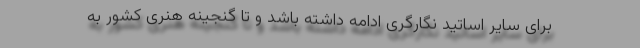
برای سایر اساتید نگارگری ادامه داشته باشد و تا گنجینه هنری کشور به